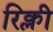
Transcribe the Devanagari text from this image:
रिक्ली